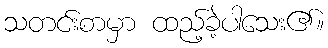
သတင်းစာမှာ ထည့်ခဲ့ပါသေး၏။